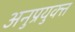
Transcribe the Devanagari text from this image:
अनुप्रयुक्त्त